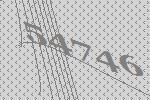
54746